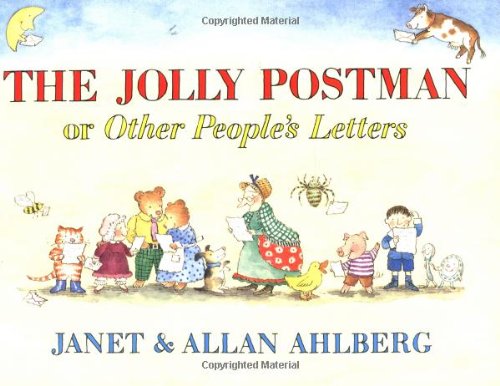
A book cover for The Jolly Postman; Allan Ahlberg; Children's Books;